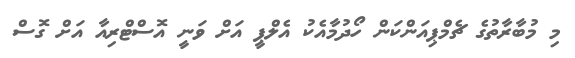
މި މުބާރާތުގެ ޗެމްޕިއަންކަން ހޯދުމާއެކު އެލްޕީ އަށް ވަނީ އޮސްޓްރިއާ އަށް ގޮސް